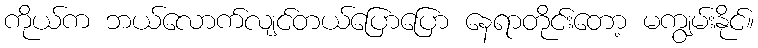
ကိုယ်က ဘယ်လောက်လျင်တယ်ပြောပြော နေရာတိုင်းတော့ မကျွမ်းနိုင်။